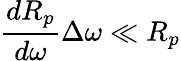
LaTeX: \frac{dR_{p}}{d\omega}\Delta\omega\ll R_{p}